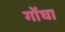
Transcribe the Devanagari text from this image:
गोंघा